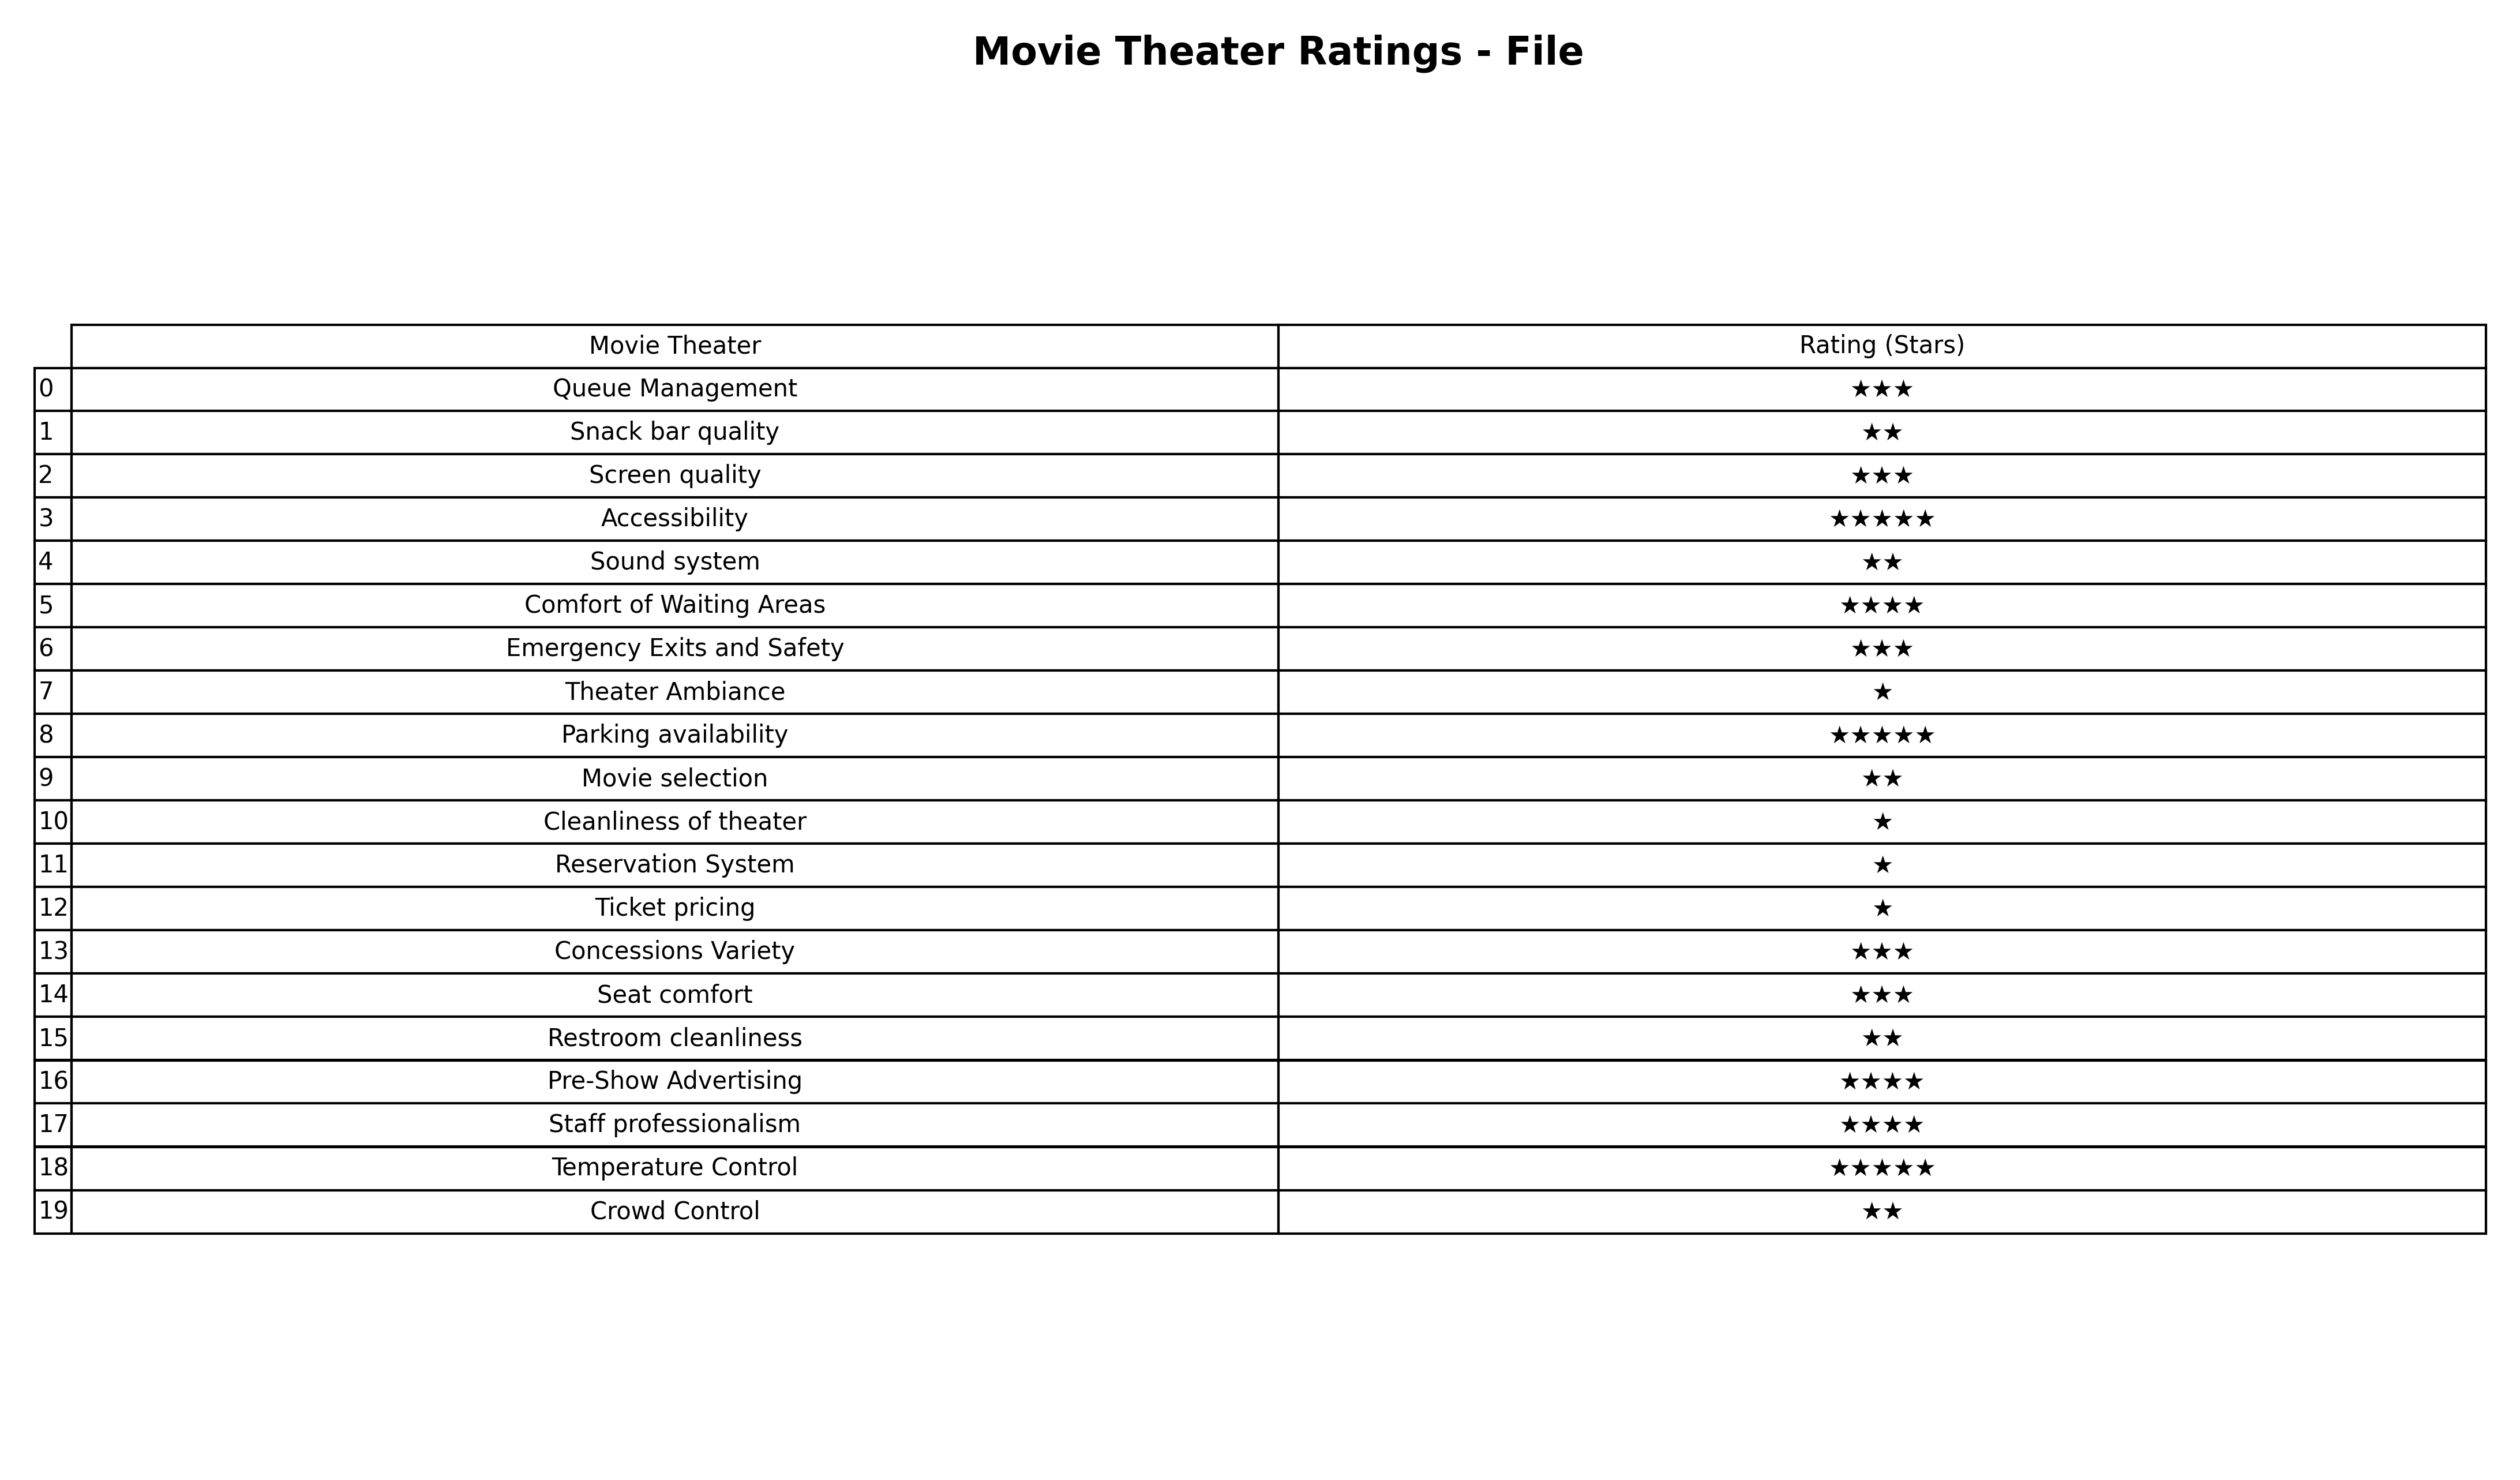
question: What is the rating of Cleanliness of theater?
answer: ★